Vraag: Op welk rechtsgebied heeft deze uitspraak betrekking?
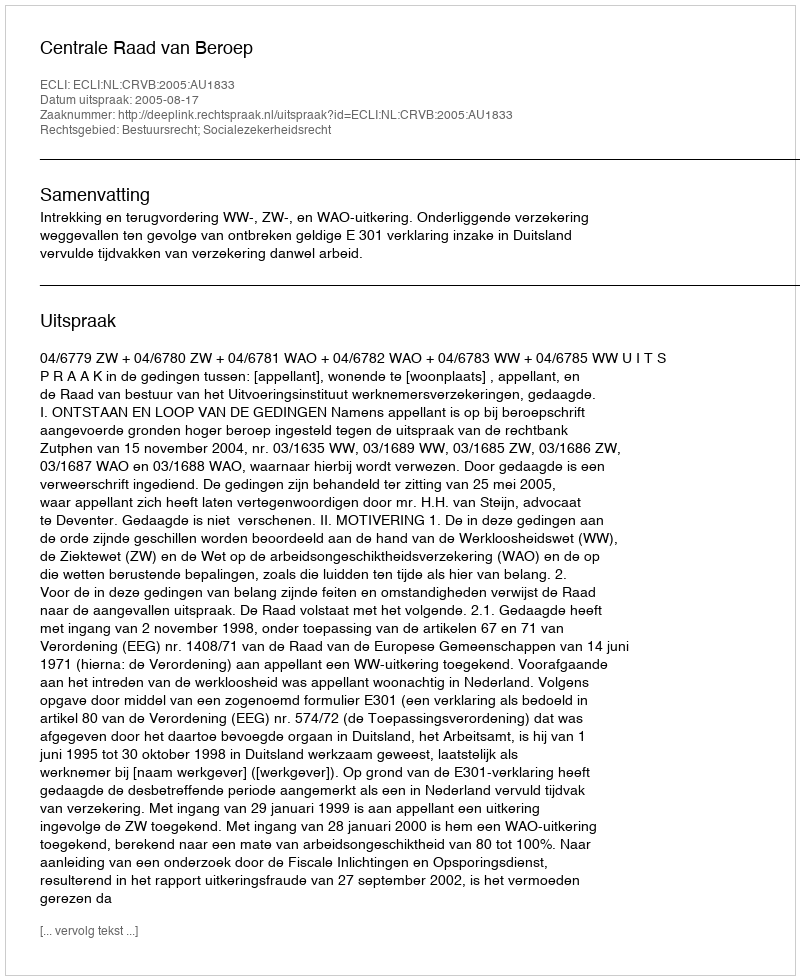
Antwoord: Bestuursrecht; Socialezekerheidsrecht